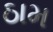
ઠામ